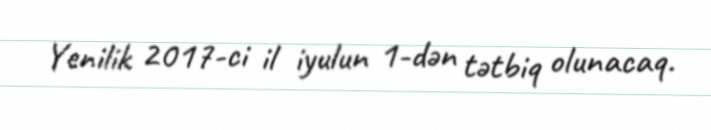
Yenilik 2017-ci il iyulun 1-dən tətbiq olunacaq.